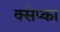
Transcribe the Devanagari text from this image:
क्सेप्का